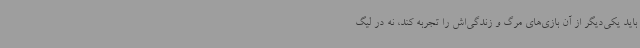
باید یکی‌دیگر از آن بازی‌های مرگ و زندگی‌اش را تجربه کند، نه در لیگ